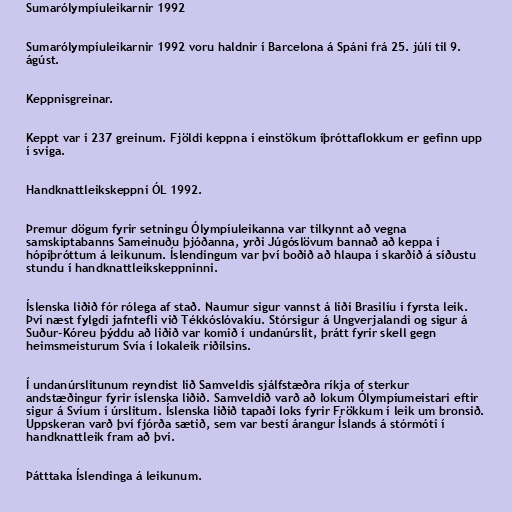
Sumarólympíuleikarnir 1992

Sumarólympíuleikarnir 1992 voru haldnir í Barcelona á Spáni frá 25. júlí til 9.
ágúst.

Keppnisgreinar.

Keppt var í 237 greinum. Fjöldi keppna í einstökum íþróttaflokkum er gefinn upp
í sviga.

Handknattleikskeppni ÓL 1992.

Þremur dögum fyrir setningu Ólympíuleikanna var tilkynnt að vegna
samskiptabanns Sameinuðu þjóðanna, yrði Júgóslövum bannað að keppa í
hópíþróttum á leikunum. Íslendingum var því boðið að hlaupa í skarðið á síðustu
stundu í handknattleikskeppninni.

Íslenska liðið fór rólega af stað. Naumur sigur vannst á liði Brasilíu í fyrsta leik.
Því næst fylgdi jafntefli við Tékkóslóvakíu. Stórsigur á Ungverjalandi og sigur á
Suður-Kóreu þýddu að liðið var komið í undanúrslit, þrátt fyrir skell gegn
heimsmeisturum Svía í lokaleik riðilsins.

Í undanúrslitunum reyndist lið Samveldis sjálfstæðra ríkja of sterkur
andstæðingur fyrir íslenska liðið. Samveldið varð að lokum Ólympíumeistari eftir
sigur á Svíum í úrslitum. Íslenska liðið tapaði loks fyrir Frökkum í leik um bronsið.
Uppskeran varð því fjórða sætið, sem var besti árangur Íslands á stórmóti í
handknattleik fram að því.

Þátttaka Íslendinga á leikunum.